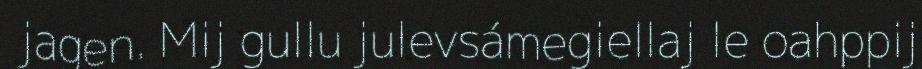
jagen. Mij gullu julevsámegiellaj le oahppij